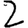
Digit: 2